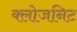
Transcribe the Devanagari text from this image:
क्लोजनिट